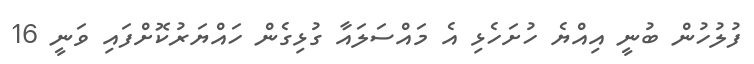
ފުލުހުން ބުނީ އިއްޔެ ހުށަހެޅި އެ މައްސަލައާ ގުޅިގެން ހައްޔަރުކޮށްފައި ވަނީ 16